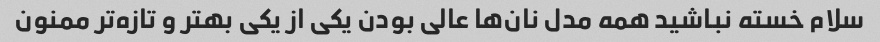
سلام خسته نباشید همه مدل نان‌ها عالی بودن یکی از یکی بهتر و تازه‌تر ممنون